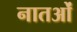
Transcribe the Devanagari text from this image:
नातओं